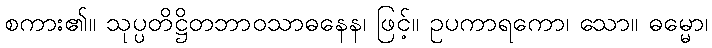
စကား၏။ သုပ္ပတိဋ္ဌိတဘာဝသာဓနေန၊ ဖြင့်။ ဥပကာရကော၊ သော။ ဓမ္မော၊